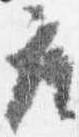
座